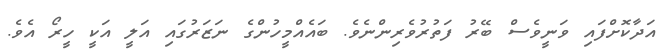
އަދާކޮށްފައި ވަނީވެސް ބޭރު ފަތުރުވެރިންނެވެ. ބައެއްމީހުންގެ ނަޒަރުގައި އަލީ އަކީ ހީރޯ އެވެ.